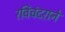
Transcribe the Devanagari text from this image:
रविचंदराने